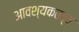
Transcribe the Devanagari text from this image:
आवश्यकतत्व